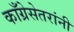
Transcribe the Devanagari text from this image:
काँग्रेसेतरांनी